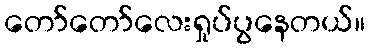
တော်တော်လေးရှုပ်ပွနေတယ်။